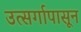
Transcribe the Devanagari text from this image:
उत्सर्गापासून